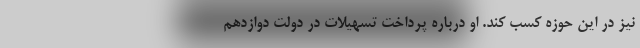
نیز در این حوزه کسب کند. او درباره پرداخت تسهیلات در دولت دوازدهم